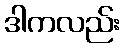
ဒါကလည်း